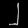
Digit: ၂